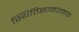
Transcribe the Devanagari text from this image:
स्थितिज्ञानात्मक